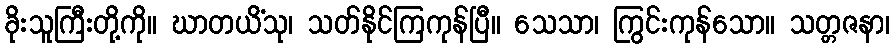
ခိုးသူကြီးတို့ကို။ ဃာတယိံသု၊ သတ်နိုင်ကြကုန်ပြီ။ သေသာ၊ ကြွင်းကုန်သော။ သတ္တဇနာ၊